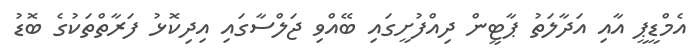
އެމްޑީޕީ އާއި އަދާލަތު ޕާޓީން ދިއްފުށީގައި ބޭއްވި ޖަލްސާގައި އިދިކޮޅު ފަރާތްތަކުގެ ބޮޑު